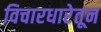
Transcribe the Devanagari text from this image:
विचारधारेतून